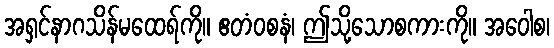
အရှင်နာဂသိန်မထေရ်ကို။ ဧတံဝစနံ၊ ဤသို့သောစကားကို။ အဝေါစ၊